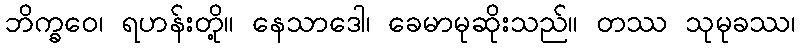
ဘိက္ခဝေ၊ ရဟန်းတို့။ နေသာဒေါ၊ ခေမာမုဆိုးသည်။ တဿ သုမုခဿ၊